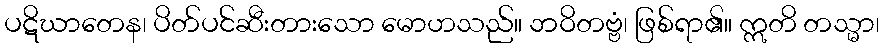
ပဋိဃာတေန၊ ပိတ်ပင်ဆီးတားသော မောဟသည်။ ဘဝိတဗ္ဗံ၊ ဖြစ်ရာ၏။ ဣတိ တသ္မာ၊